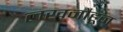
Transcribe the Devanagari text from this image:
लखनौहून